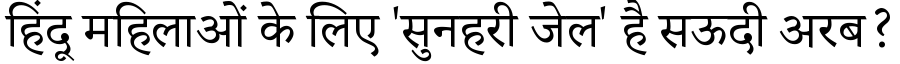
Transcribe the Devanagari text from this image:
हिंदू महिलाओं के लिए 'सुनहरी जेल' है सऊदी अरब?